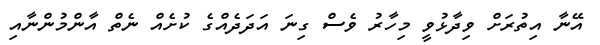
އޭނާ އިތުރަށް ވިދާޅުވީ މިހާރު ވެސް ގިނަ އަދަދެއްގެ ކުށެއް ނެތް އާންމުންނާއި